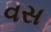
વસ